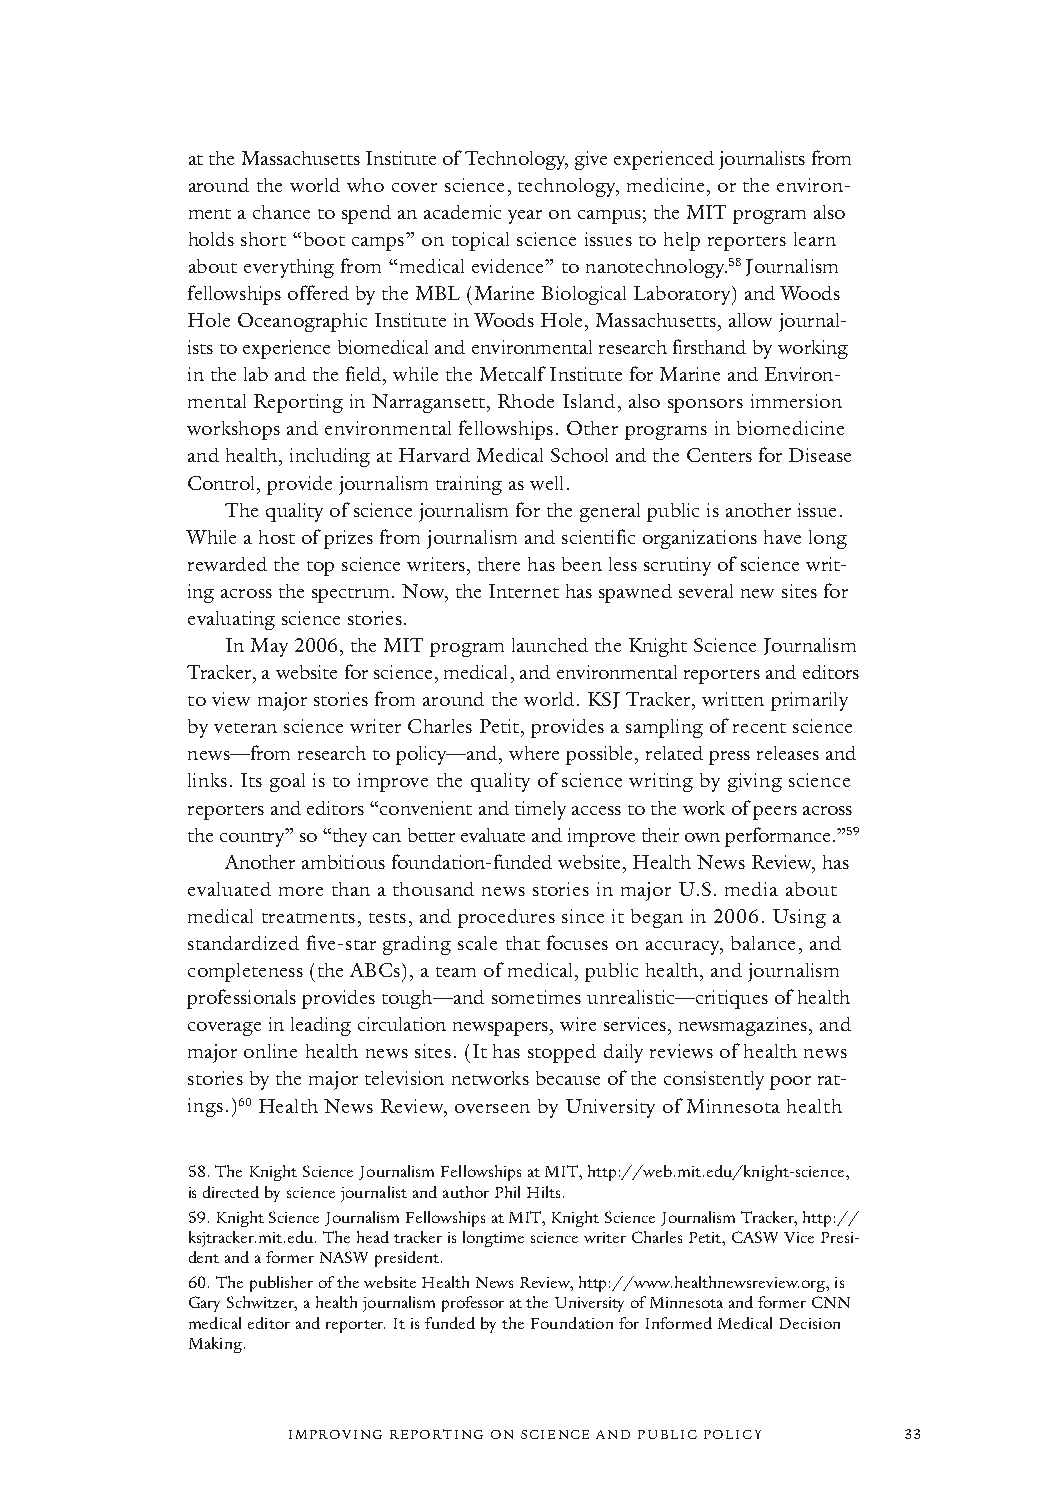
at the Massachusetts Institute of Technology, give experienced journalists from
 around the world who cover science, technology, medicine, or the environ-
 ment a chance to spend an academic year on campus; the MIT program also
 holds short “boot camps” on topical science issues to help reporters learn
 about everything from “medical evidence” to nanotechnology.58 Journalism
 fellowships offered by the MBL (Marine Biological Laboratory) and Woods
 Hole Oceanographic Institute in Woods Hole, Massachusetts, allow journal-
 ists to experience biomedical and environmental research firsthand by working
 in the lab and the field, while the Metcalf Institute for Marine and Environ-
 mental Reporting in Narragansett, Rhode Island, also sponsors immersion
 workshops and environmental fellowships. Other programs in biomedicine
 and health, including at Harvard Medical School and the Centers for Disease
 Control, provide journalism training as well.
 The quality of science journalism for the general public is another issue.
 While a host of prizes from journalism and scientific organizations have long
 rewarded the top science writers, there has been less scrutiny of science writ-
 ing across the spectrum. Now, the Internet has spawned several new sites for
 evaluating science stories.
 In May 2006, the MIT program launched the Knight Science Journalism
 Tracker, a website for science, medical, and environmental reporters and editors
 to view major stories from around the world. KSJ Tracker, written primarily
 by veteran science writer Charles Petit, provides a sampling of recent science
 news—from research to policy—and, where possible, related press releases and
 links. Its goal is to improve the quality of science writing by giving science
 reporters and editors “convenient and timely access to the work of peers across
 the country” so “they can better evaluate and improve their own performance.”59
 Another ambitious foundation-funded website, Health News Review, has
 evaluated more than a thousand news stories in major U.S. media about
 medical treatments, tests, and procedures since it began in 2006. Using a
 standardized five-star grading scale that focuses on accuracy, balance, and
 completeness (the ABCs), a team of medical, public health, and journalism
 professionals provides tough—and sometimes unrealistic—critiques of health
 coverage in leading circulation newspapers, wire services, newsmagazines, and
 major online health news sites. (It has stopped daily reviews of health news
 stories by the major television networks because of the consistently poor rat-
 ings.)60 Health News Review, overseen by University of Minnesota health
 58.The Knight Science Journalism Fellowships at MIT, http://web.mit.edu/knight-science,
 is directed by science journalist and author Phil Hilts.
 59.Knight Science Journalism Fellowships at MIT, Knight Science Journalism Tracker, http://
 ksjtracker.mit.edu. The head tracker is longtime science writer Charles Petit, CASW Vice Presi-
 dent and a former NASW president.
 60.The publisher of the website Health News Review,http://www.healthnewsreview.org,is
 Gary Schwitzer, a health journalism professor at the University of Minnesota and former CNN
 medical editor and reporter. It is funded by the Foundation for Informed Medical Decision
 Making.
 IMPROVING REPORTING ON SCIENCE AND PUBLIC POLICY 33